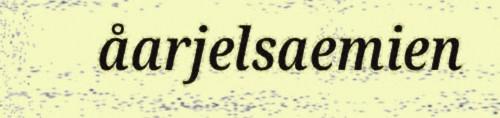
åarjelsaemien